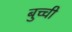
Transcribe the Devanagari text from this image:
बुच्ची